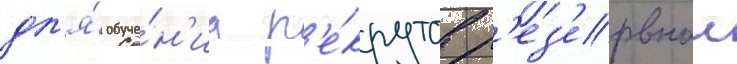
дл'я́ обуче́н'иа р'е́крутов р'ез'ервнои